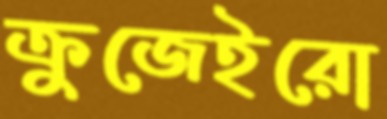
ক্রুজেইরো